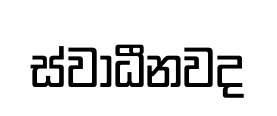
ස්වාධීනවද